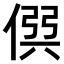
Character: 𠊨